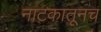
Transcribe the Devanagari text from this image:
नाटकातूनच